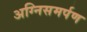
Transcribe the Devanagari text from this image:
अग्निसमर्पण